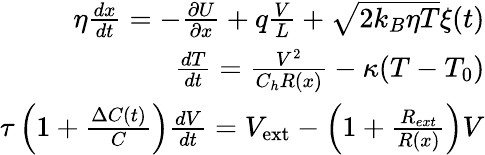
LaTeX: \begin{array}{r}{\eta\frac{dx}{dt}=-\frac{\partial U}{\partial x}+q\frac{V}{L}+\sqrt{2k_{B}\eta T}\xi(t)}\\ {\frac{dT}{dt}=\frac{V^{2}}{C_{h}R(x)}-\kappa(T-T_{0})}\\ {\tau\left(1+\frac{\Delta C(t)}{C}\right)\frac{dV}{dt}=V_{\mathrm{ext}}-\left(1+\frac{R_{ext}}{R(x)}\right)V}\end{array}